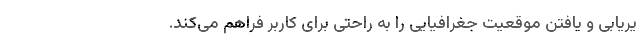
یریابی و یافتن موقعیت جغرافیایی را به راحتی برای کاربر فراهم می‌کند.